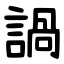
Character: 諣